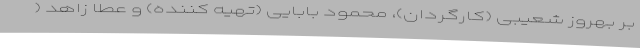
بر بهروز شعیبی (کارگردان)، محمود بابایی (تهیه کننده) و عطا زاهد (